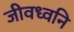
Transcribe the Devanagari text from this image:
जीवध्वनि